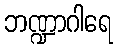
ဘဏ္ဍာဂါရေ